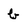
Character: b